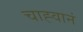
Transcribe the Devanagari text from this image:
चाह्वानं